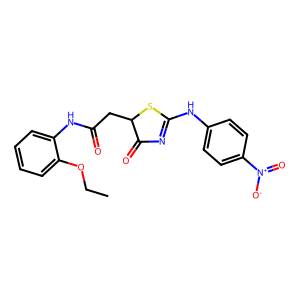
SMILES: CCOc1ccccc1NC(=O)CC1SC(Nc2ccc([N+](=O)[O-])cc2)=NC1=O
Inhibits HIV replication: No